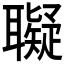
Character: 𦘀